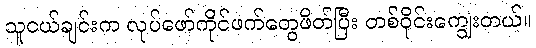
သူငယ်ချင်းက လုပ်ဖော်ကိုင်ဖက်တွေဖိတ်ပြီး တစ်ဝိုင်းကျွေးတယ်။